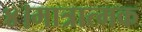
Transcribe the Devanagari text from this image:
४।मात्रात्मक